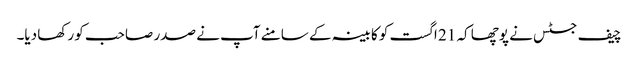
چیف جسٹس نے پوچھا کہ 21 اگست کو کابینہ کے سامنے آپ نے صدر صاحب کو رکھا دیا۔